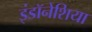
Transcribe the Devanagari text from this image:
इंडॉनेशिया